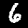
Label: 6